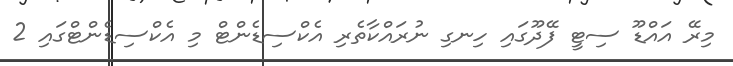
މިރޭ އައްޑޫ ސިޓީ ފޭދޫގައި ހިނގި ނުރައްކާތެރި އެކްސިޑެންޓް މި އެކްސިޑެންޓްގައި 2